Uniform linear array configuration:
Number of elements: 48
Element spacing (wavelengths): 0.25
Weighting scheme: hamming
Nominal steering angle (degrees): -60
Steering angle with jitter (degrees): -61.308
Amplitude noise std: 0.05
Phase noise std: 0.05

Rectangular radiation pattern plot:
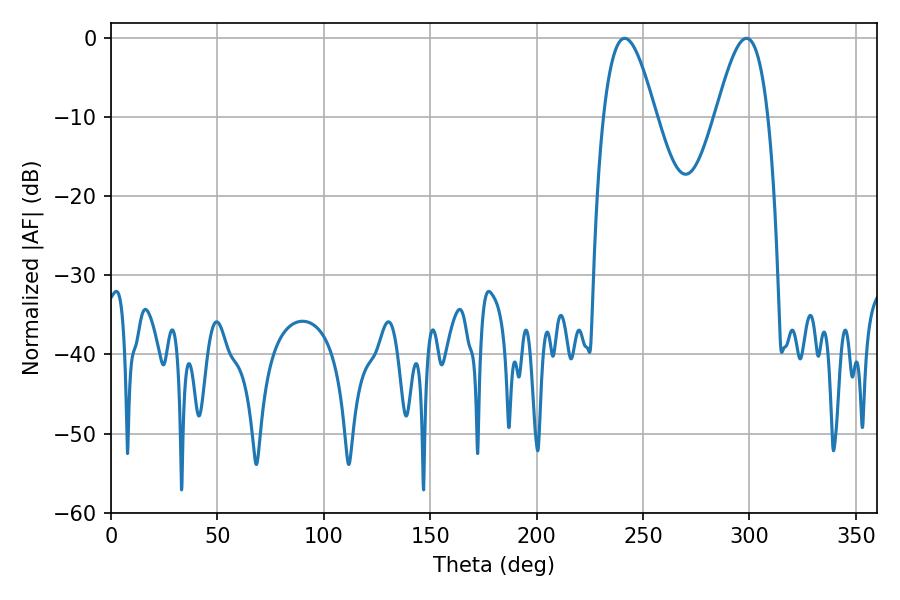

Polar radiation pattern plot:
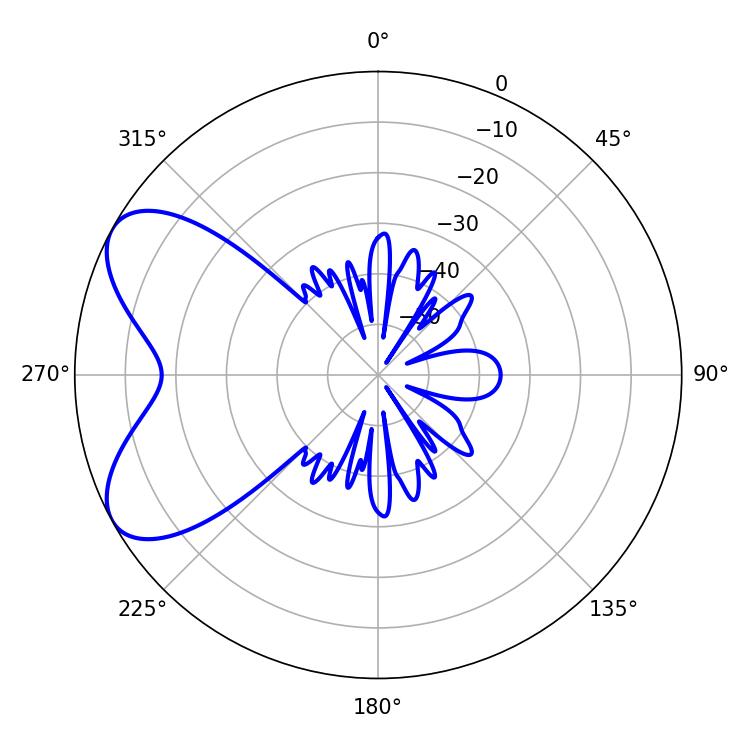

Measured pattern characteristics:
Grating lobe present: FALSE
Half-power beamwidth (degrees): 13.32
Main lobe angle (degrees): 241.38